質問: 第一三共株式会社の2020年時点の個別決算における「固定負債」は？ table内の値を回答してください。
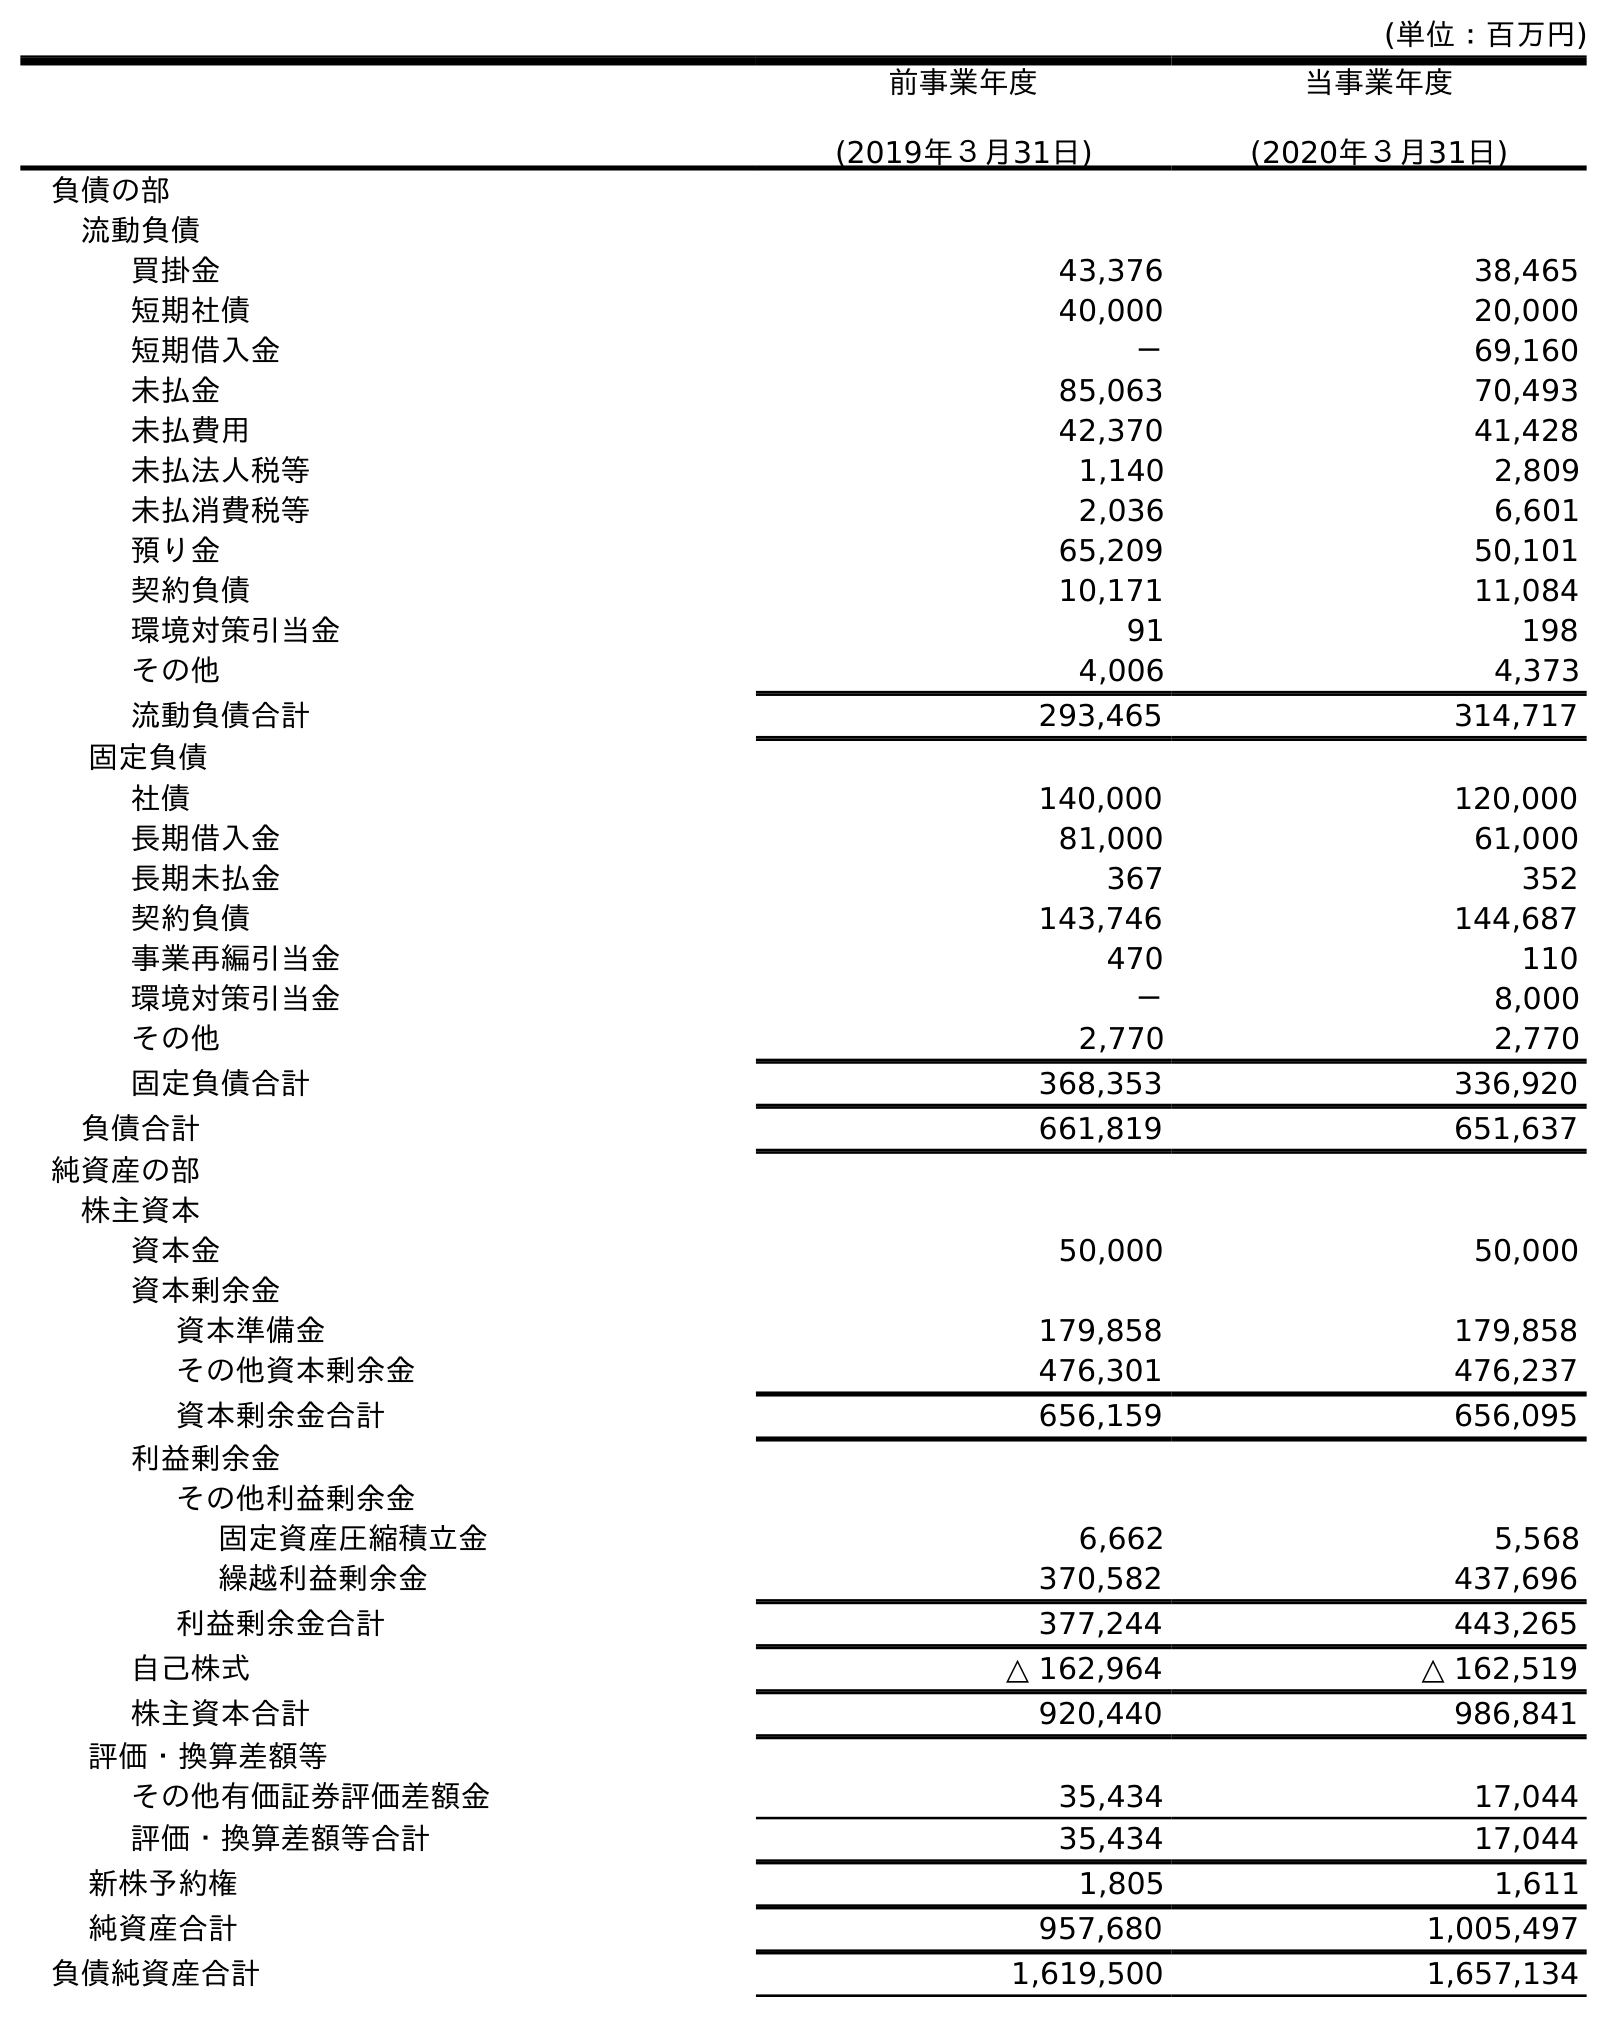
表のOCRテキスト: (単位：百万円) 前事業年度 (2019年３月31日) 当事業年度 (2020年３月31日) 負債の部 流動負債 買掛金 43,376 38,465 短期社債 40,000 20,000 短期借入金 － 69,160 未払金 85,063 70,493 未払費用 42,370 41,428 未払法人税等 1,140 2,809 未払消費税等 2,036 6,601 預り金 65,209 50,101 契約負債 10,171 11,084 環境対策引当金 91 198 その他 4,006 4,373 流動負債合計 293,465 314,717 固定負債 社債 140,000 120,000 長期借入金 81,000 61,000 長期未払金 367 352 契約負債 143,746 144,687 事業再編引当金 470 110 環境対策引当金 － 8,000 その他 2,770 2,770 固定負債合計 368,353 336,920 負債合計 661,819 651,637 純資産の部 株主資本 資本金 50,000 50,000 資本剰余金 資本準備金 179,858 179,858 その他資本剰余金 476,301 476,237 資本剰余金合計 656,159 656,095 利益剰余金 その他利益剰余金 固定資産圧縮積立金 6,662 5,568 繰越利益剰余金 370,582 437,696 利益剰余金合計 377,244 443,265 自己株式 △ 162,964 △ 162,519 株主資本合計 920,440 986,841 評価・換算差額等 その他有価証券評価差額金 35,434 17,044 評価・換算差額等合計 35,434 17,044 新株予約権 1,805 1,611 純資産合計 957,680 1,005,497 負債純資産合計 1,619,500 1,657,134
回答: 336,920